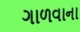
ગાળવાના